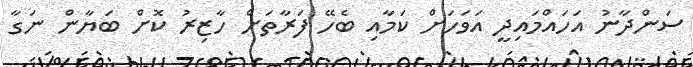
ސަންދާނު އަހައްމައިދީ އަވަހަށް ކަމާއި ބެހޭ ފަރާތަށް ހާޒިރު ކޮށް ބަޔާން ނަގާ